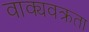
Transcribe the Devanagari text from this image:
वाक्यवक्रता